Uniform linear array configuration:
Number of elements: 48
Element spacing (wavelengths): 0.5
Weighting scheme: cosine
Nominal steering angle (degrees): -30
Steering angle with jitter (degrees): -30.526
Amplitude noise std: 0.05
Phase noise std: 0.05

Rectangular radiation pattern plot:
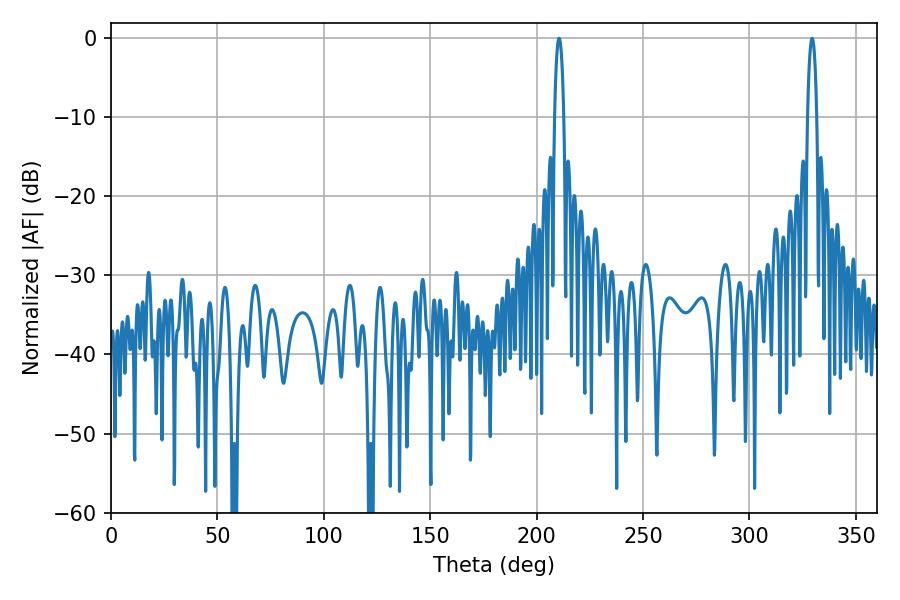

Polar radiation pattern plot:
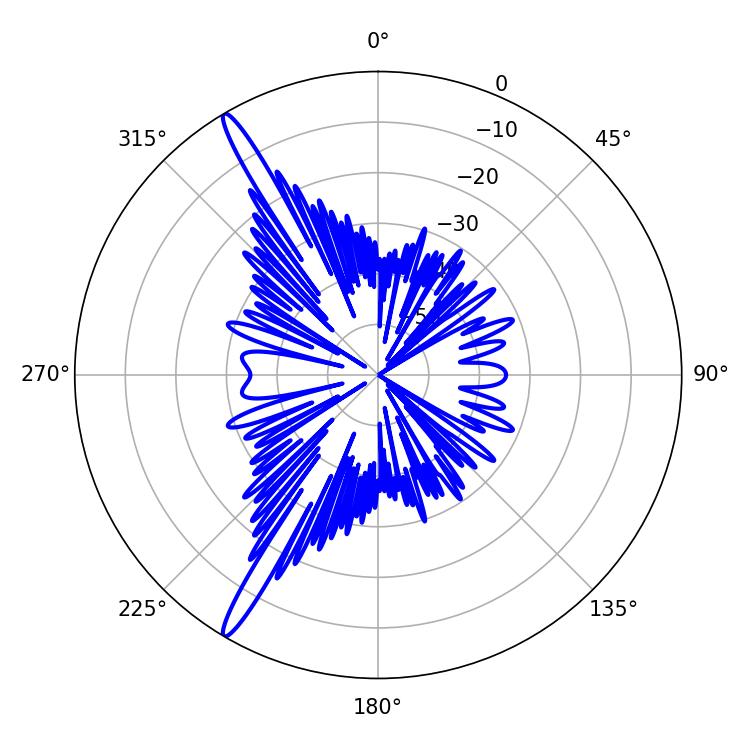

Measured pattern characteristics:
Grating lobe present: FALSE
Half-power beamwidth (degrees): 2.34
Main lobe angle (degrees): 210.6